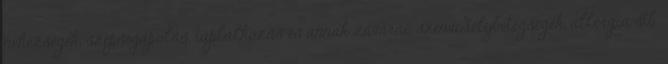
nehézségek, szépségápolás, táplálkozás és annak zavarai, szenvedélybetegségek, allergia stb.